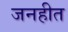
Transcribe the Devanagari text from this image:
जनहीत